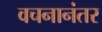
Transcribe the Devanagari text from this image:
वचनानंतर